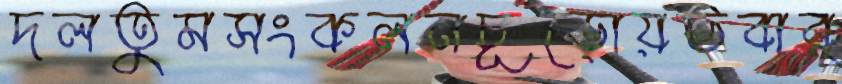
দলতুমসংকলনচূড়োয়ভবার্